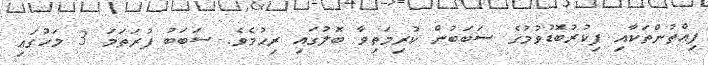
ފިއްތުންތަކާއި ފިކުރުބޮޑުވުމުގެ ސަބަބުން ކުރިމަތިވާ ބޮލުގައި ރިހުމެވެ. ސަބަބު ފުރަތަމަ 3 މަހުގައި